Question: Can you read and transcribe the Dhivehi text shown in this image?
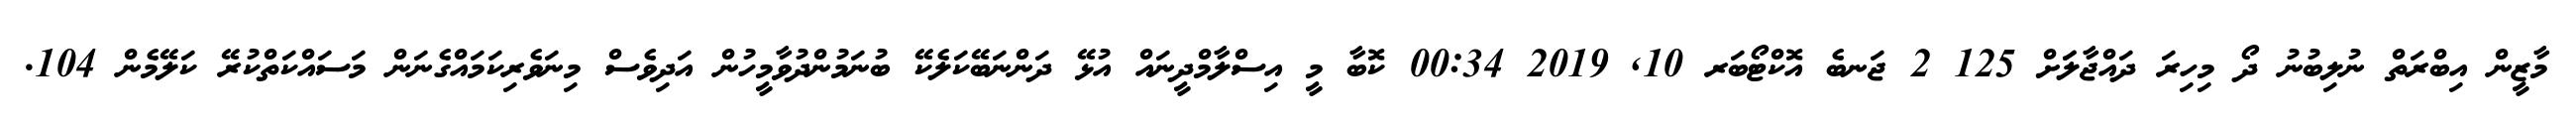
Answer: މާޒީން އިބްރަތް ނުލިބުނު ދޯ މިހިރަ ދައްޖާލަަށް 125 2 ޖަނބެ އޮކްޓޯބަރ 10, 2019 00:34 ކޮބާ މީ އިސްލާމްދީނައް އުޅޭ ދަންނަބޭކަލެކޭ ބުނަމުންދުވާމީހުން އަދިވެސް މިނަވެރިކަމައްގެނަން މަސައްކަތްކުރޭ ކަލޭމެން 104.